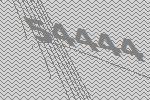
54444